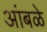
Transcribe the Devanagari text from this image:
आंबळे